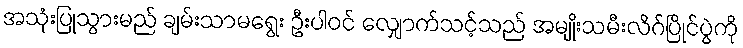
အသုံးပြုသွားမည် ချမ်းသာမရွေး ဦးပါဝင် လျှောက်သင့်သည် အမျိုးသမီးလိဂ်ပြိုင်ပွဲကို